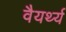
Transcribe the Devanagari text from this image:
वैयर्थ्य